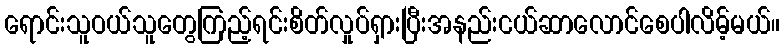
ရောင်းသူဝယ်သူတွေကြည့်ရင်းစိတ်လှုပ်ရှားပြီးအနည်းငယ်ဆာလောင်စေပါလိမ့်မယ်။